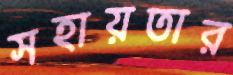
সহায়তার